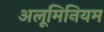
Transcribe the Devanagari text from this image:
अलूमिनियम